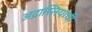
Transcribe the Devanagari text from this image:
अद्रास्तियाची